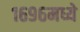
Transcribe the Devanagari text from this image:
१६९६मध्ये